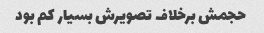
حجمش برخلاف تصویرش بسیار کم بود